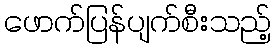
ဖောက်ပြန်ပျက်စီးသည့်